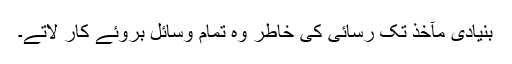
بنیادی مآخذ تک رسائی کی خاطر وہ تمام وسائل بروئے کار لاتے۔